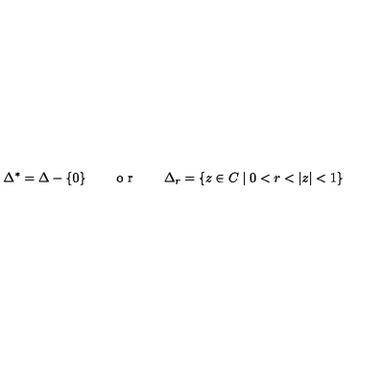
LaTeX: \Delta ^ { * } = \Delta - \{ 0 \} \qquad \textrm { o r } \qquad \Delta _ { r } = \{ z \in C \mid 0 < r < | z | < 1 \}